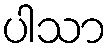
ပါသာ